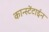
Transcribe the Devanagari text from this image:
कान्स्टेंटाईन